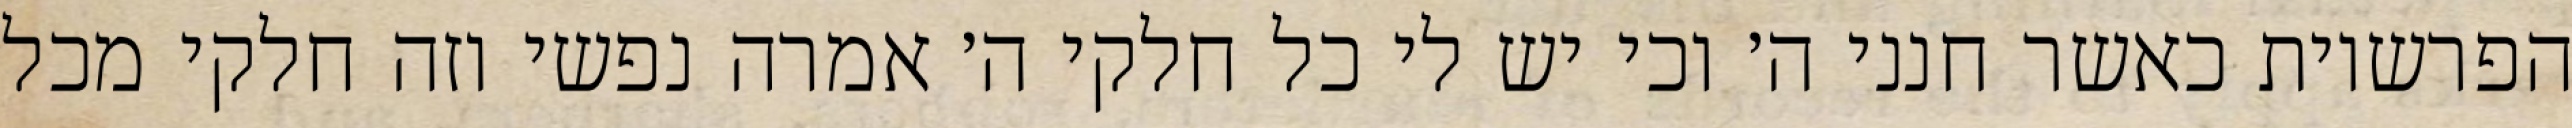
הפרשיות כאשר חנני ה׳ וכי יש לי כל חלקי ה׳ אמרה נפשי וזה חלקי מכל